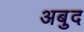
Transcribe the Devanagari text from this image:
अबुद